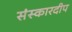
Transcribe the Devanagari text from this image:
संस्कारदीप